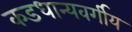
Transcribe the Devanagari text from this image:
कडधान्यवर्गीय